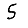
Digit: 5